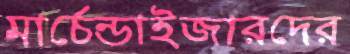
মার্চেন্ডাইজারদের